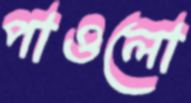
পাওলো